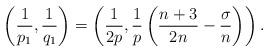
LaTeX: \begin{align*} \left(\frac{1}{p_1},\frac{1}{q_1}\right)= \left( \frac{1}{2p}, \frac{1}{p}\left(\frac{n+3}{2n}-\frac{\sigma}{n}\right) \right).\end{align*}